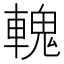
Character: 𨍹